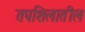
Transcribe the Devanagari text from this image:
तपशिलातील